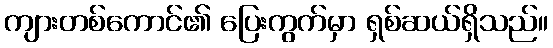
ကျားတစ်ကောင်၏ ပြေးကွက်မှာ ရှစ်ဆယ်ရှိသည်။